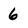
Character: 6